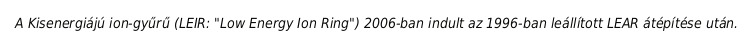
A Kisenergiájú ion-gyűrű (LEIR: "Low Energy Ion Ring") 2006-ban indult az 1996-ban leállított LEAR átépítése után.